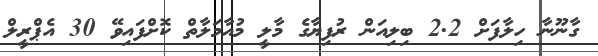
ގާނޫނާ ހިލާފަށް 2.2 ބިލިއަން ރުފިޔާގެ މާލީ މުއާމަލާތް ކޮށްފައިވޭ 30 އެޕްރީލް